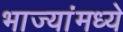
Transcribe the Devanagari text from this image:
भाज्यांमध्ये